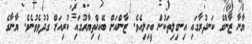
ޔާނާ ޒާންގެ ކަނދުރާގައި އިނގިލިތަކުން ބީހިލިއެވެ. ޒާންއަށް ބޭއިޚްތިޔާރުގައި ކުރިއަށް ގުދުވެވުނެވެ. ޔާނާގެ